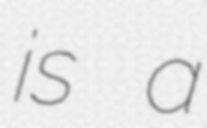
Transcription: is a